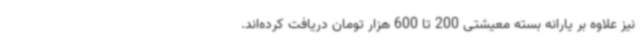
نیز علاوه بر یارانه بسته معیشتی 200 تا 600 هزار تومان دریافت کرده‌اند.